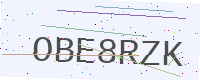
Text: OBE8RZK